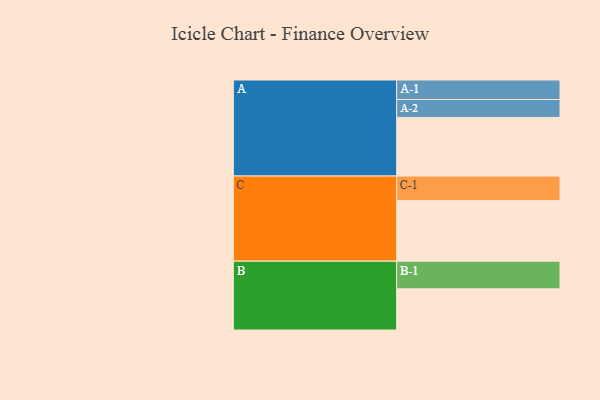
{"axis": {"x": "Segment", "y": "Value"}, "legend": ["", "A", "B", "C"], "data": [{"x": "A", "y": 463, "type": ""}, {"x": "B", "y": 325, "type": ""}, {"x": "C", "y": 478, "type": ""}, {"x": "A-1", "y": 154, "type": "A"}, {"x": "A-2", "y": 141, "type": "A"}, {"x": "B-1", "y": 218, "type": "B"}, {"x": "C-1", "y": 194, "type": "C"}]}